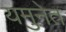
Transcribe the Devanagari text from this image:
यमुनेत